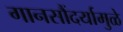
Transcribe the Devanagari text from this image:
गानसौंदर्यामुळे